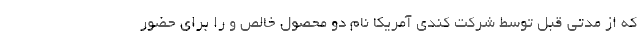
که از مدتی قبل توسط شرکت کندی آمریکا نام دو محصول خالص و را برای حضور